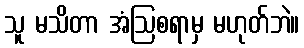
သူ မသိတာ အံဩစရာမှ မဟုတ်ဘဲ။